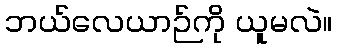
ဘယ်လေယာဉ်ကို ယူမလဲ။